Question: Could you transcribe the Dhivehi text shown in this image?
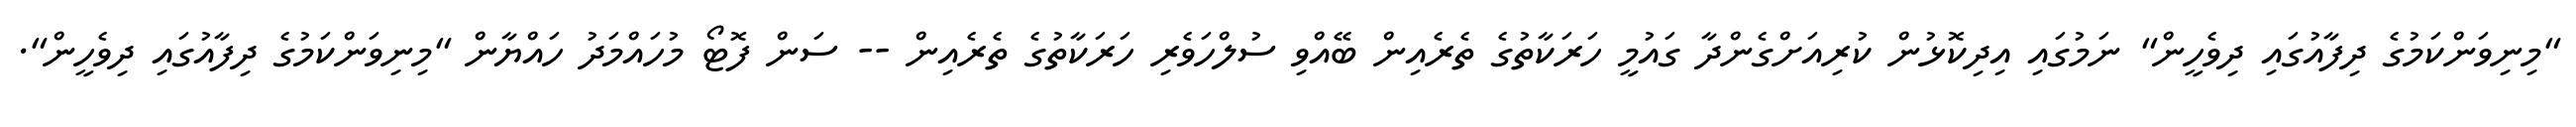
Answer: "މިނިވަންކަމުގެ ދިފާއުގައި ދިވެހީން" ނަމުގައި އިދިކޮޅުން ކުރިއަށްގެންދާ ގައުމީ ހަރަކާތުގެ ތެރެއިން ބޭއްވި ސުލްހަވެރި ހަރަކާތުގެ ތެރެއިން -- ސަން ފޮޓޯ މުހައްމަދު ހައްޔާން "މިނިވަންކަމުގެ ދިފާއުގައި ދިވެހީން".